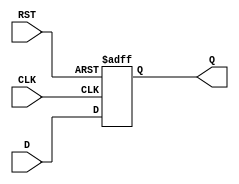
module store_register (
    input wire D,        // Data Input
    input wire CLK,      // Clock signal
    input wire RST,      // Asynchronous Reset
    output reg Q         // Data Output
);

// Asynchronous Reset and Synchronous Storage
always @(posedge CLK or posedge RST) begin
    if (RST) begin
        Q <= 1'b0;      // Clear the output Q when reset is asserted
    end else begin
        Q <= D;         // Capture the data input D on the rising edge of CLK
    end
end

endmodule